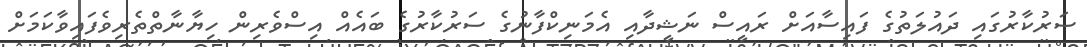
ސަރުކާރުގައި ދައުލަތުގެ ފައިސާއަށް ރައީސް ނަޝީދާއި އެމަނިކްފާނުގެ ސަރުކާރުގެ ބައެއް އިސްވެރިން ހިޔާނާތްތެރިވެފައިވާކަމަށް